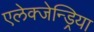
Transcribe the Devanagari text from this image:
एलेक्जेन्ड्रिया